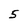
Character: 5